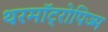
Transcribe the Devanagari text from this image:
थरमॉट्रोपिज्म